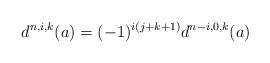
LaTeX: \begin{align*}d^{n,i,k}(a)=(-1)^{i(j+k+1)} d^{n-i,0,k}(a)\end{align*}